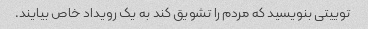
توییتی بنویسید که مردم را تشویق کند به یک رویداد خاص بیایند.